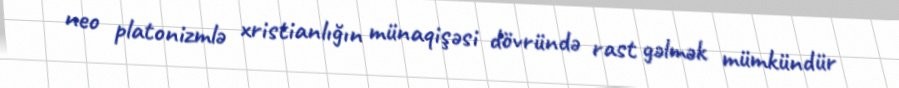
neo platonizmlə xristianlığın münaqişəsi dövründə rast gəlmək mümkündür